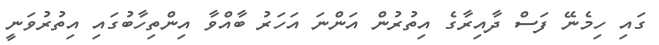
ގައި ހިމެނޭ ފަސް ދާއިރާގެ އިތުރުން އަންނަ އަހަރު ބާއްވާ އިންތިހާބުގައި އިތުރުވަނީ